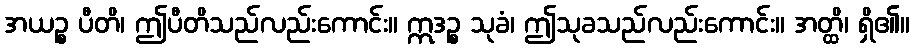
အယဉ္စ ပီတိ၊ ဤပီတိသည်လည်းကောင်း။ ဣဒဉ္စ သုခံ၊ ဤသုခသည်လည်းကောင်း။ အတ္ထိ၊ ရှိ၏။